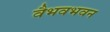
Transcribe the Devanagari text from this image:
वैभवभवन